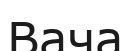
Вача